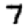
Digit: 7